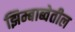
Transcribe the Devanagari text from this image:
झिम्बाब्वेतील